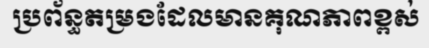
ប្រព័ន្ធតម្រងដែលមានគុណភាពខ្ពស់